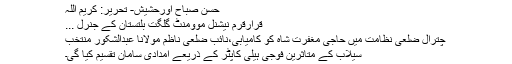
حسن صباح اورحشیش- تحریر: کریم اللہ
قرارقرم نیشنل موومنٹ گلگت بلتستان کے جنرل ...
چترال ضلعی نظامت میں حاجی مغفرت شاہ کو کامیابی،نائب ضلعی ناظم مولانا عبدالشکور منتخب
سیلاب کے متاثرین فوجی ہیلی کاپٹر کے ذریعے امدادی سامان تقسیم کیا گی۔